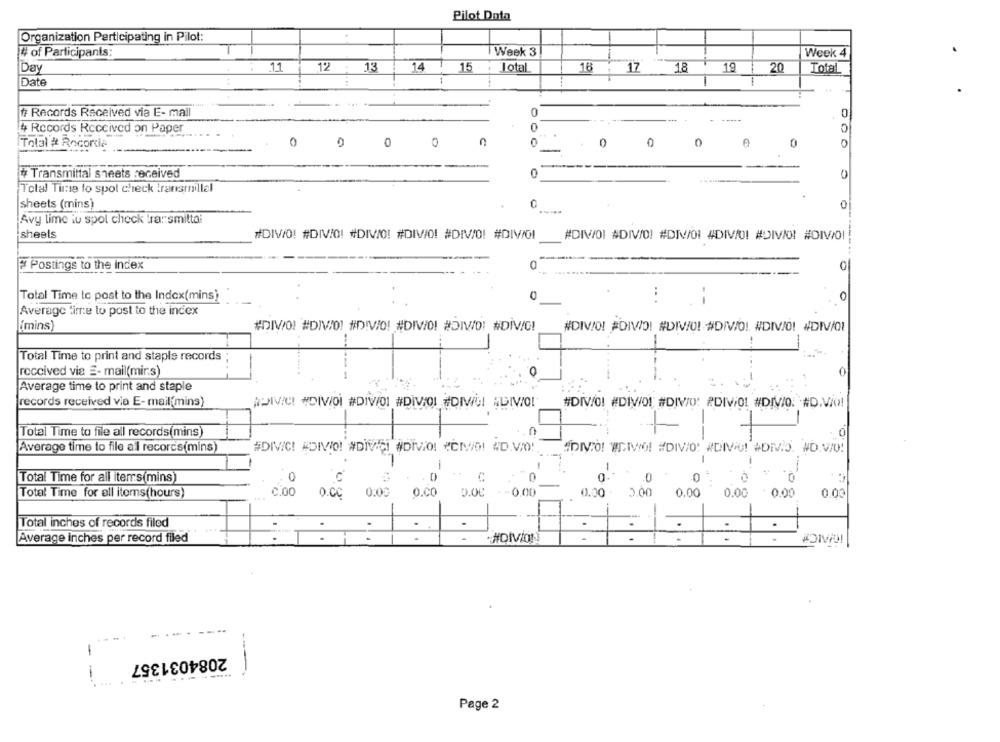
Pilot Data
.
Organization Participating in Pilot:
# of Participants:
Week 3
Week 4
.11
13
14
15
.
Total
16
17
Day
12 :
18
19
20
Total
Date
f Records Received via E- mail
-----
0
0
# Records Received on Paper
0
0
0
0
0
Total # Rocorcia
0
0
0
# Transmittal sheets received
0
Total Time fo spol check transmillel
sheets (mins)
0
Avy lime iu spol check tra: smitta:
sheels
#DIV/O! #DIVIQ! #DIVIO! #DIVIO! #DIV/0! #DIV/0I
#DIV/OI #DIVIDI #DIV/OI #DIVIO! #DIVIO! #DIV/0! !
# Postings to the index
0
0
0
0
Total Time to post to the Index(mins)
O
Average time to post to the index
[mins)
#DIV/O! #DIV/0! #DIVIO! #DIVIO! #DIV/D: #DIV/0!
#DIVIOL #DIVIO! #DIVIO! #DIVIOL, #DIVIO! #DIV/OI
Total Time to print and staple records
received via E- mail(mirs)
0
----.
Average time to print and staple
records received via E-mail(mins)
ADIVICI #DIVIOL #DIV/OI #DIVIOL #DIWEI ALIVIO!
#DIV/0! #DIV/01 #DIVID: #DIVIOL #DIVIQ: #D.Vio!
Total Time to file all records(mins)
Average time to file al records(mins)
#DIVIC! #DIVIO! #DIVICI #DIVIO! #CIVO! #D.VIO!
#DIVO! WEMWO! #DIVIO! #DIVU! #DIVIS. #D.VID!
-
1
..
Total Time for all items(mins)
.0
C
0
0
Total Time for all items(hours)
C.00
o.CC
0:00
O.CO
0.00
-0.00
0.00
2.00
0.00
0.00
0.00
0.0.
Total inches of records filed
Average inches per record filed
- #DIVION
....
-
2084031357
-
---.
----
Page 2